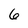
Character: 6